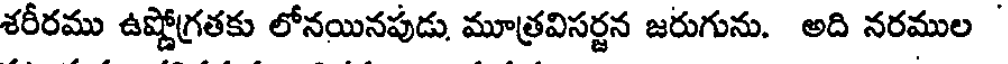
శరీరము ఉష్ణోగ్రతకు లోనయినపుడు, మూత్రవిసర్జన జరుగును. అది నరముల